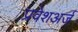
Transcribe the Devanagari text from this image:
प्रवेशअर्ज